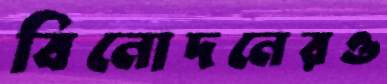
বিনোদনেরও